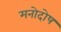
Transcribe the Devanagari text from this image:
मनोदोष